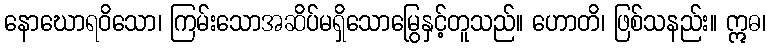
နောဃောရဝိသော၊ ကြမ်းသောအဆိပ်မရှိသောမြွေနှင့်တူသည်။ ဟောတိ၊ ဖြစ်သနည်း။ ဣဓ၊